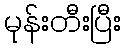
မုန်းတီးပြီး